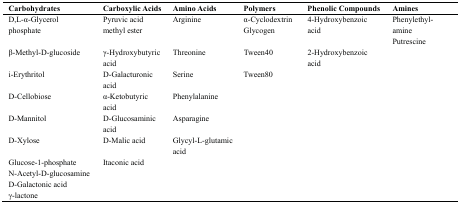
| Carbohydrates | Carboxylic Acids | Amino Acids | Polymers | Phenolic Compounds | Amines |
 | --- | --- | --- | --- | --- | --- |
 | D,L-α-Glycerol phosphate | Pyruvic acid methyl ester | Arginine | α-Cyclodextrin Glycogen | 4-Hydroxybenzoic acid | Phenylethyl-amine Putrescine |
 | β-Methyl-D-glucoside | γ-Hydroxybutyric acid | Threonine | Tween40 | 2-Hydroxybenzoic acid |  |
 | i-Erythritol | D-Galacturonic acid | Serine | Tween80 |  |  |
 | D-Cellobiose | α-Ketobutyric acid | Phenylalanine |  |  |  |
 | D-Mannitol | D-Glucosaminic acid | Asparagine |  |  |  |
 | D-Xylose | D-Malic acid | Glycyl-L-glutamic acid |  |  |  |
 | Glucose-1-phosphate | Itaconic acid |  |  |  |  |
 | N-Acetyl-D-glucosamine |  |  |  |  |  |
 | D-Galactonic acid γ-lactone |  |  |  |  |  |